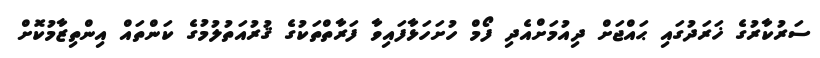
ސަރުކާރުގެ ޚަރަދުގައި ޙައްޖަށް ދިއުމަށްއެދި ފޯމް ހުށަހަޅާފައިވާ ފަރާތްތަކުގެ ޤުރުއަތުލުމުގެ ކަންތައް އިންތިޒާމުކޮށް